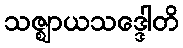
သဇ္ဈာယသဒ္ဒေါတိ